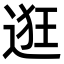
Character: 逛